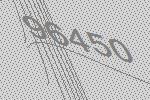
96450